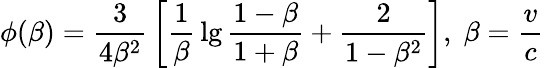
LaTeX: \phi(\beta)={\frac{3}{4\beta^{2}}}\left[{\frac{1}{\beta}}\lg{\frac{1-\beta}{1+\beta}}+{\frac{2}{1-\beta^{2}}}\right],\; \beta={\frac{v}{c}}